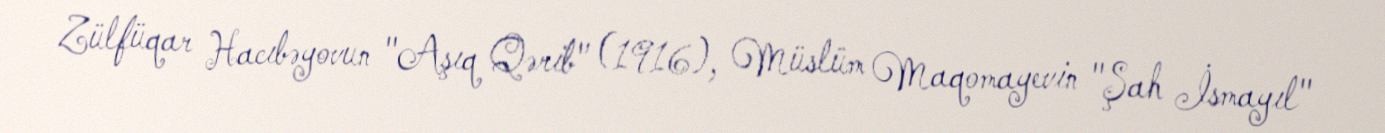
Zülfüqar Hacıbəyovun "Aşıq Qərib" (1916), Müslüm Maqomayevin "Şah İsmayıl"